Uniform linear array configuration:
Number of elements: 24
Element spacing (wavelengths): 1
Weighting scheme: blackman
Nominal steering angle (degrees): -30
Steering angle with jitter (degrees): -29.292
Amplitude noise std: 0.05
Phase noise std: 0.05

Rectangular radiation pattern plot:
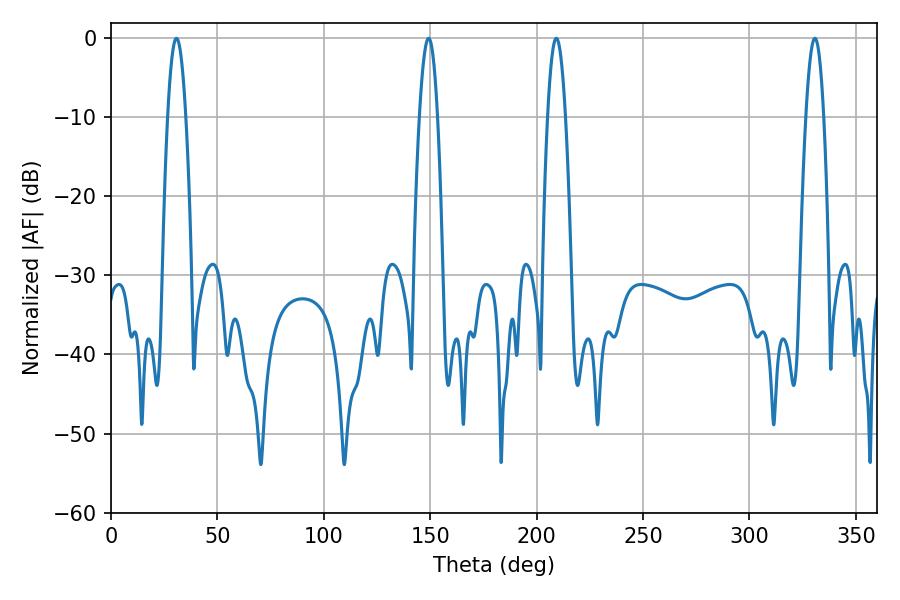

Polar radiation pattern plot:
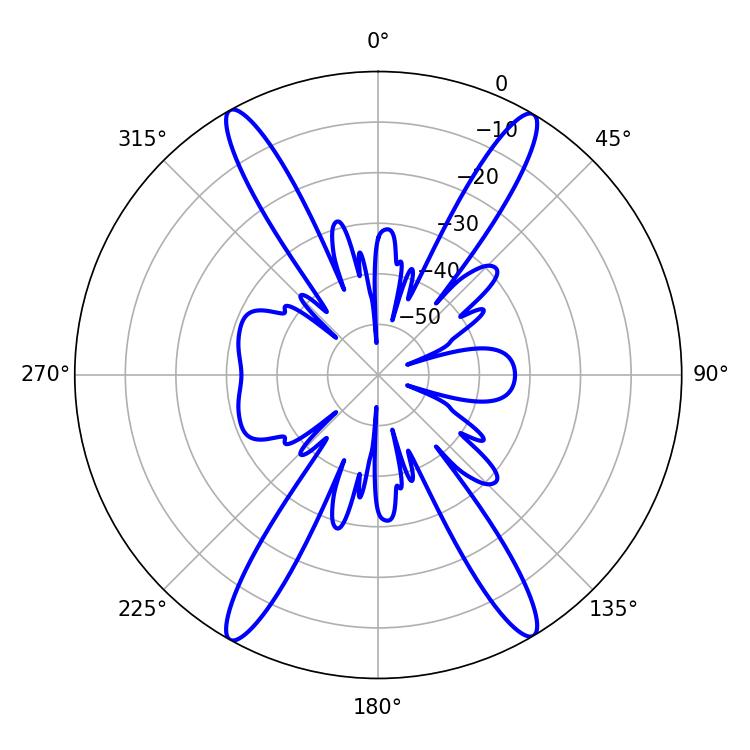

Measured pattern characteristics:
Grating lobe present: TRUE
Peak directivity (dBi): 25.864
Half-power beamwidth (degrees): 4.68
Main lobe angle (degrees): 30.78